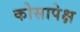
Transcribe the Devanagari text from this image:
कोसापेक्ष